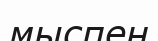
мыспен